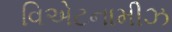
વિએટનામીઝ